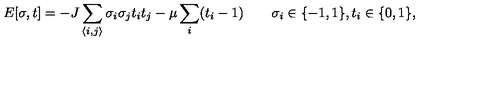
E [ \sigma , t ] = - J \sum _ { \langle i , j \rangle } \sigma _ { i } \sigma _ { j } t _ { i } t _ { j } - \mu \sum _ { i } ( t _ { i } - 1 ) \qquad \sigma _ { i } \in \{ - 1 , 1 \} , t _ { i } \in \{ 0 , 1 \} ,